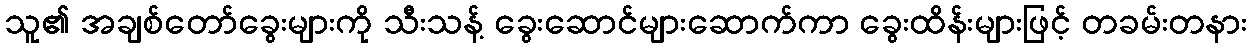
သူ၏ အချစ်တော်ခွေးများကို သီးသန့် ခွေးဆောင်များဆောက်ကာ ခွေးထိန်းများဖြင့် တခမ်းတနား